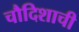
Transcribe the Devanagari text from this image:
चौदिशाची